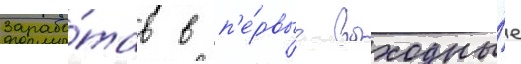
Зарабо́тав в п'е́рвые выходны́е